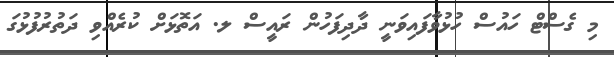
މި ގެސްޓް ހައުސް ހުޅުވާފައިވަނީ ދާދިފަހުން ރައީސް ލ. އަތޮޅަށް ކުރެއްވި ދަތުރުފުޅުގަ